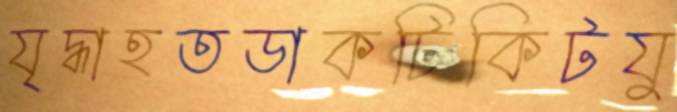
যৃদ্ধাহতডাকটিকিটযু